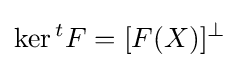
\operatorname {ker} {}^{t}F=[F(X)]^{\perp }